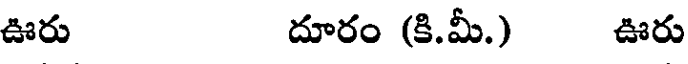
ఊరు దూరం (కి.మీ.) ఊరు